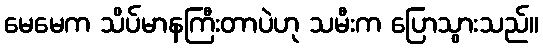
မေမေက သိပ်မာနကြီးတာပဲဟု သမီးက ပြောသွားသည်။